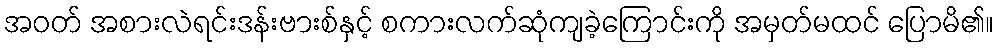
အဝတ် အစားလဲရင်းဒန်းဗားစ်နှင့် စကားလက်ဆုံကျခဲ့ကြောင်းကို အမှတ်မထင် ပြောမိ၏။